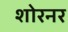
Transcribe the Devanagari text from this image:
शोरनर